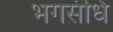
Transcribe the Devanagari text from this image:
भगसंधि